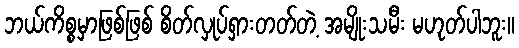
ဘယ်ကိစ္စမှာဖြစ်ဖြစ် စိတ်လှုပ်ရှားတတ်တဲ့ အမျိုးသမီး မဟုတ်ပါဘူး။